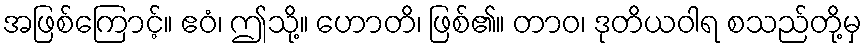
အဖြစ်ကြောင့်။ ဧဝံ၊ ဤသို့။ ဟောတိ၊ ဖြစ်၏။ တာဝ၊ ဒုတိယဝါရ စသည်တို့မှ